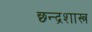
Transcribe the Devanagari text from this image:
छ्न्द्रशास्त्र